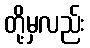
တို့မှလည်း